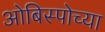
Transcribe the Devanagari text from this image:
ओबिस्पोच्या